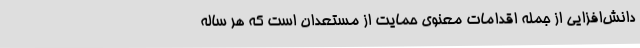
دانش‌افزایی از جمله اقدامات معنوی حمایت از مستعدان است که هر ساله